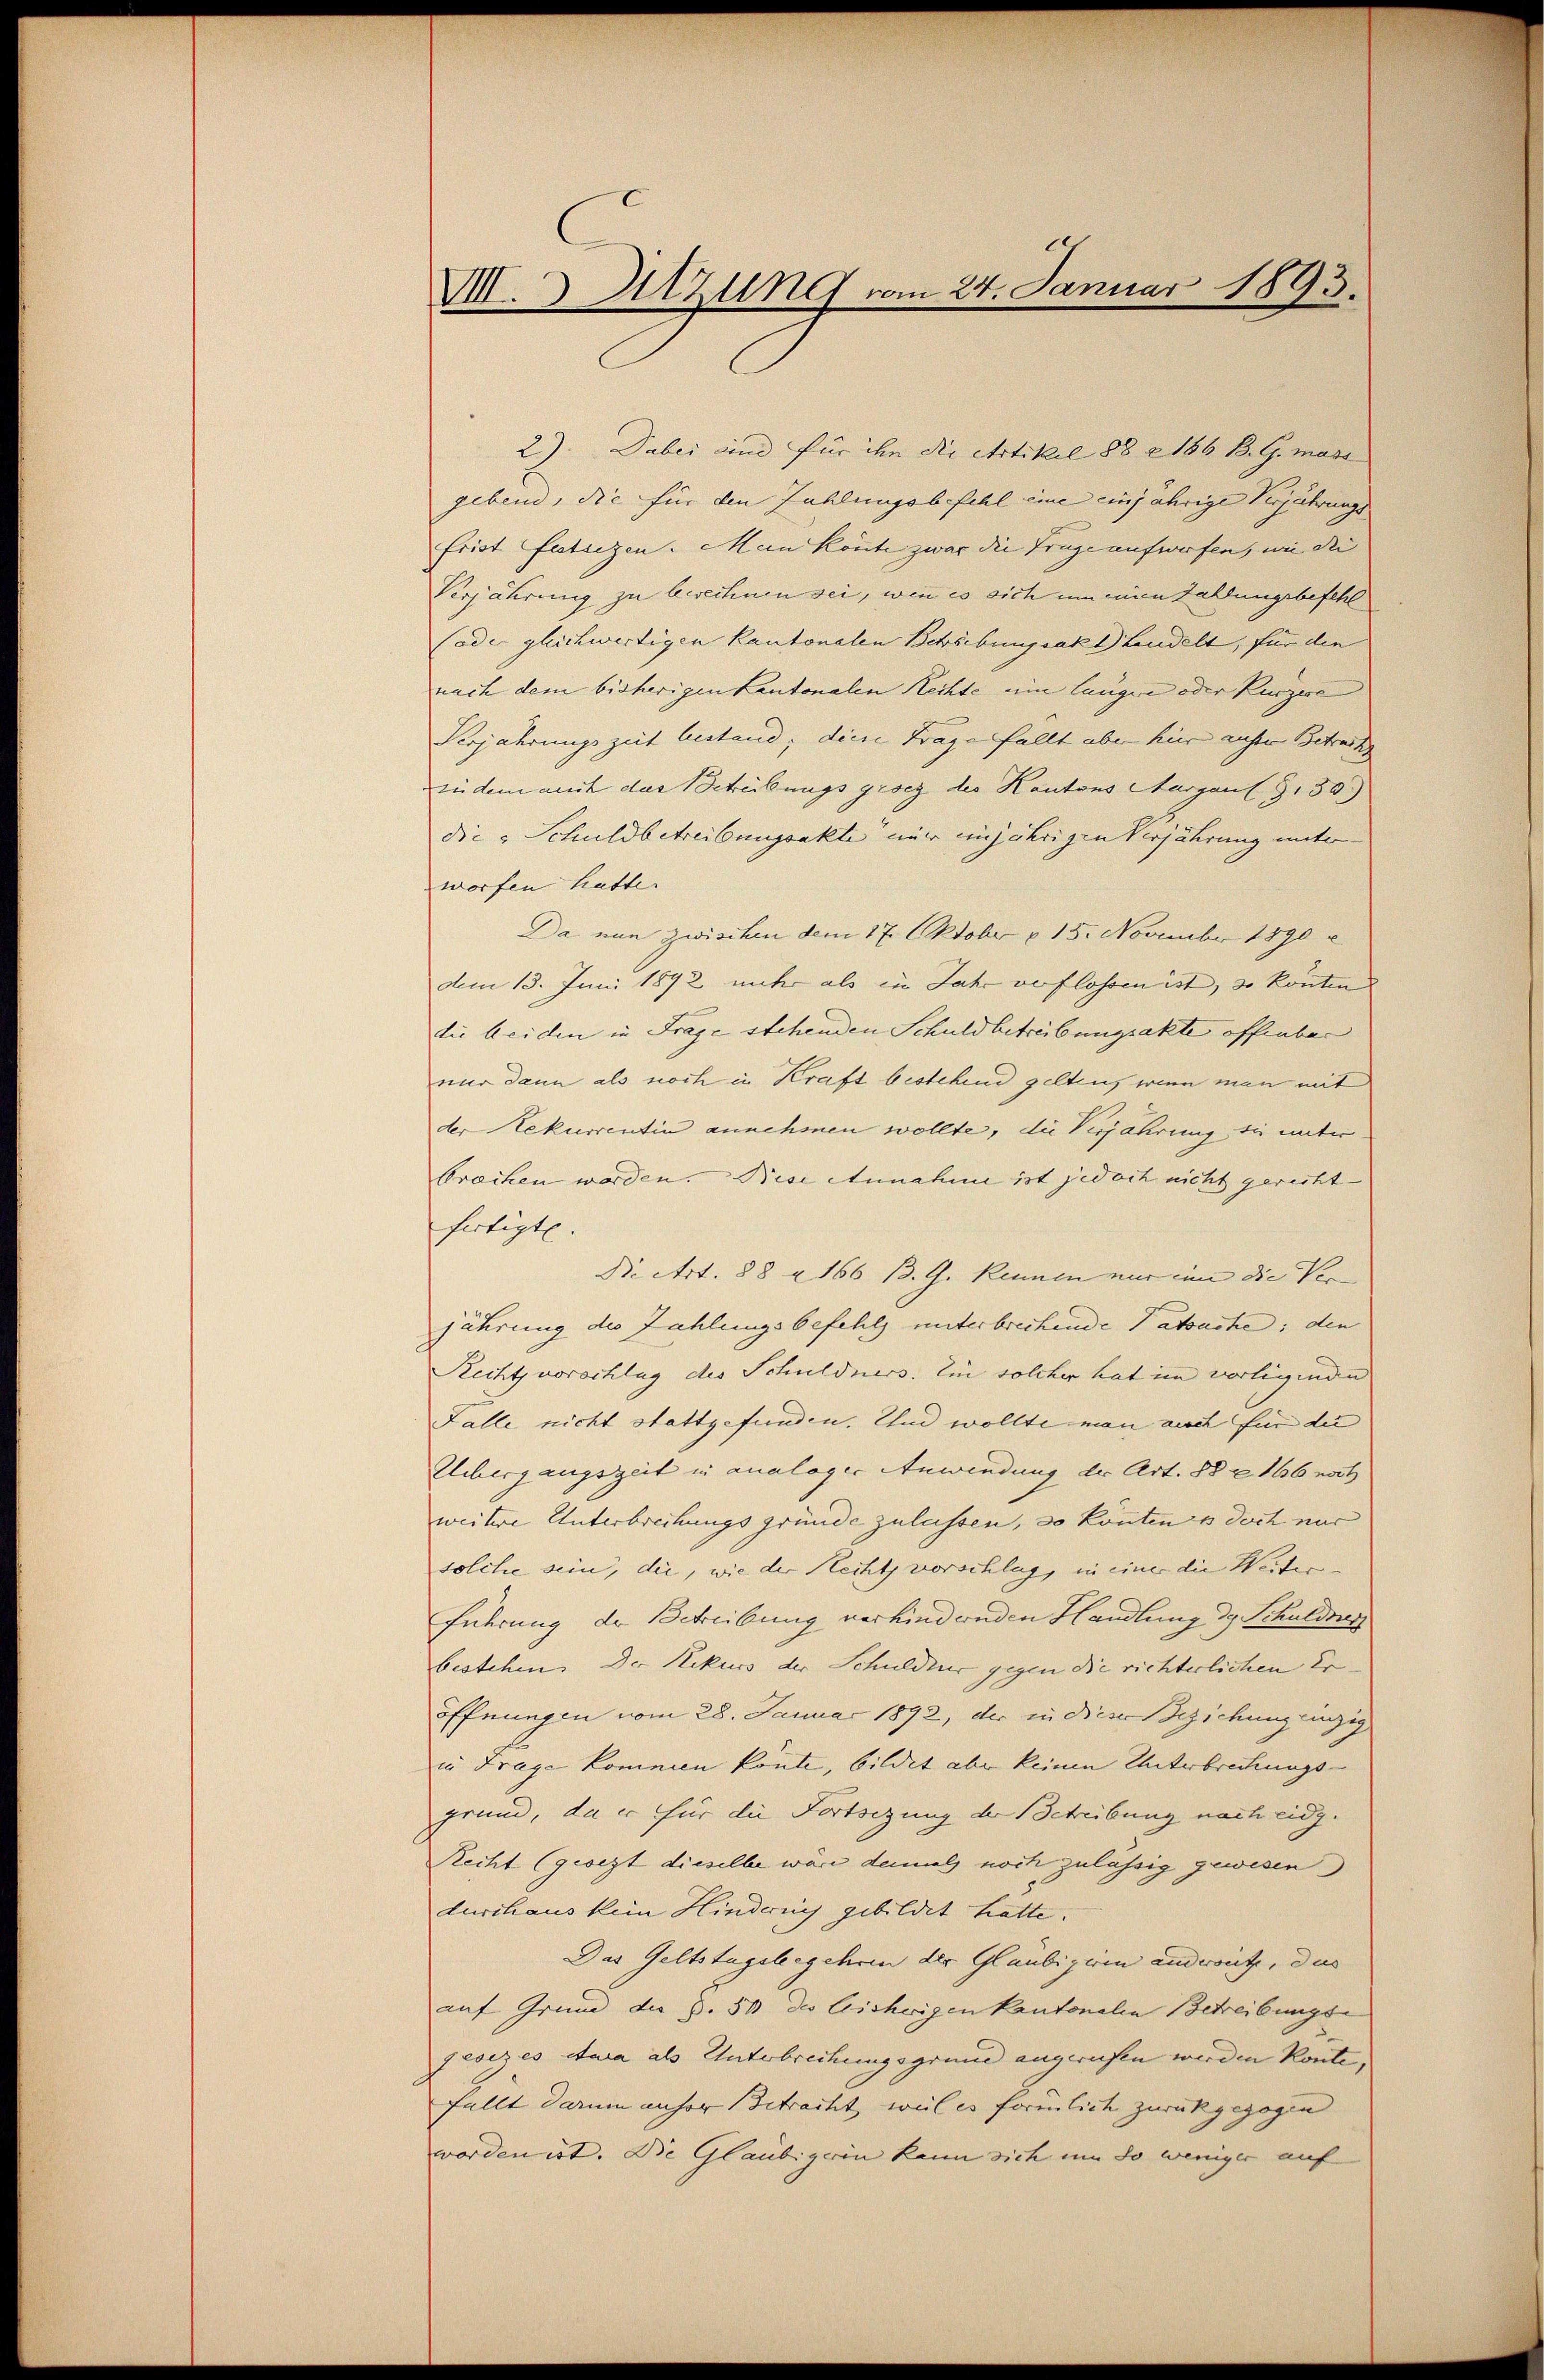
VIII. Sitzung vom 24. Januar 1893.

2). Dabei und für ihn die Artikel 88 & 186 B. G. mass
gebend, die für den Zahlungsbefehl eine einjährige Verjährungs
frist festrizen. Mein könte zwar die Trage aufwerfen, wie die |
Verjährung zu berechnen sei, wenn es sich um einen Zahlungsbefehl
(ode gleichwertigen Kantonalen Schreibungsakt Landelt, für die
nach dem bisherigen Kantonalen Rechte eine länger oder Kurzere |
Serjährungszeit bestand; diese Frage fallt aber hier auser Betrach
zudem mich das Betreibungsgesez des Kantons Aargau Z.30)
die Schuldbetreibungsakte mir einjährigen Verjährung unter-
worfen hatte.
Da nun zwischen dem 17. Oktobr. v. 15. November 1890
dem 13. Juni 1892 unter als in Jahr verflossen ist, so könten
die beiden in Frage stehenden Schuldbetreibungsakte offenbar
nur dann als noch in Kraft bestehend gelten, wenn man mit
der Rekurrentin annehmen wollte, die Verjährung sie unter
brachen worden. Bise Annahme ist jedoch nicht gericht
fertigte.
Die Art. 88 & 166 B. G. kennen nur ein die Ver- |
jährung des Zahlungsbefehls unterbrechende Tatsache; den
Rechtsvorschlug des Schuldners. Ein solcher hat im vorligende
Falle nicht stattgefunden. Und wollte man auch für die
Uebergangszeit in analoger Anwendung der Art. 88 x 166 noch
weitere Unterbrechungsgründe zulassen, so könnten es doch nur
solche sein, die, wie der Recht vorschlug, in einer die Weiter¬
Führung der Betreibung verhindenden Handlung des Schuldner
bestehen. Der Rekurs der Schuldur gegen die richterlichen Eröffnungen vom 28. Januar 1892, der in dieser Beziehung einzig
in Frage kommen könte, bildet aber keinen Unterbrechungs-
grund, da er für die Fortsezung der Schreibung nach eidg.
Recht (gesezt dieselbe wäre damals noch zulässig gewesen
durchaus kein Hindern gebildet hatte.
Das Geltstagsbegehren der Glaubigeren androit, das
auf Grund der §. 50 des bisherigen Kantonalen Betreibungse
jesezes etwa als Unterbrechungsgrund angerufen werden könte,
fällt darum anher Betracht, weil es förmlich zurückgezogen
worden ist. Die Gläubigerin kann sich um so weniger auf